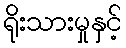
ရိုးသားမှုနှင့်